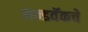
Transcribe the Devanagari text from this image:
सन्डवॅकचे